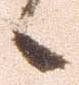
候